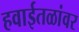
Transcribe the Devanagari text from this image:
हवाईतळांवर